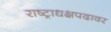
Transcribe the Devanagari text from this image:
राष्ट्राधक्षपदावर